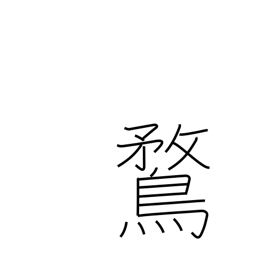
Meaning: domestic duck